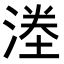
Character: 𭱜